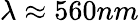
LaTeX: \lambda\approx 560nm